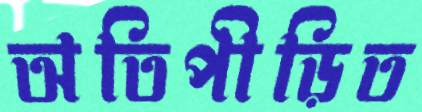
অতিপীড়িত